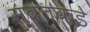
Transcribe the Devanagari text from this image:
स्वतकडे